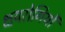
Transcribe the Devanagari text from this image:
क्षयरोगियों